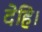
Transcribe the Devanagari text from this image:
देहि।